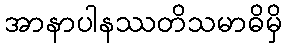
အာနာပါနဿတိသမာဓိမှိ